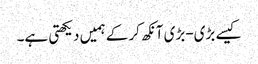
کیسے بڑی-بڑی آنکھ کرکے ہمیں دیکھتی ہے۔